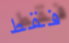
فقط